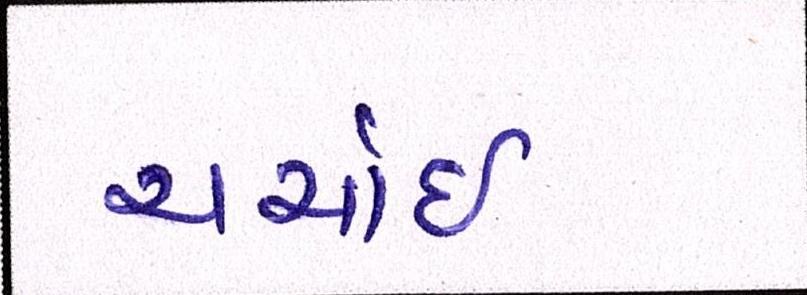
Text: ચર્ચાઇ